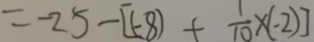
= - 2 5 - [ ( - 8 ) + \frac { 1 } { 1 0 } \times ( - 2 ) ]